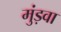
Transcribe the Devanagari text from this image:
मुंड़वा